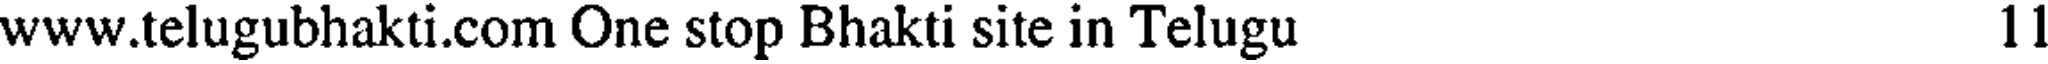
www.telugubhakti.com One stop Bhakti site in Telugu 11